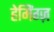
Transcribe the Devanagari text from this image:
हेमिंग्ज़